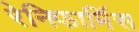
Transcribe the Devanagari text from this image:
रेनिफार्मिस